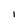
Character: 1